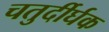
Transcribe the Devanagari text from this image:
चतुर्दीर्घक